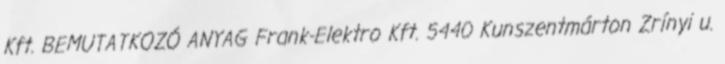
Kft. BEMUTATKOZÓ ANYAG Frank-Elektro Kft. 5440 Kunszentmárton Zrínyi u.